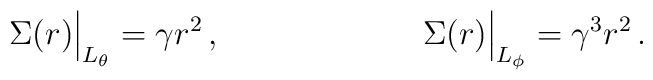
\Sigma(r) \Big|_{L_\theta} = \gamma r^2 \,,\kern 1 in\Sigma(r) \Big|_{L_\phi} = \gamma^3 r^2 \,.